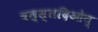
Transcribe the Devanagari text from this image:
वल्स्तदिओन्